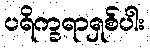
ပရိက္ခရာရှစ်ပါး